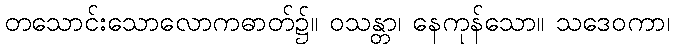
တသောင်းသောလောကဓာတ်၌။ ဝသန္တာ၊ နေကုန်သော။ သဒေဝကာ၊